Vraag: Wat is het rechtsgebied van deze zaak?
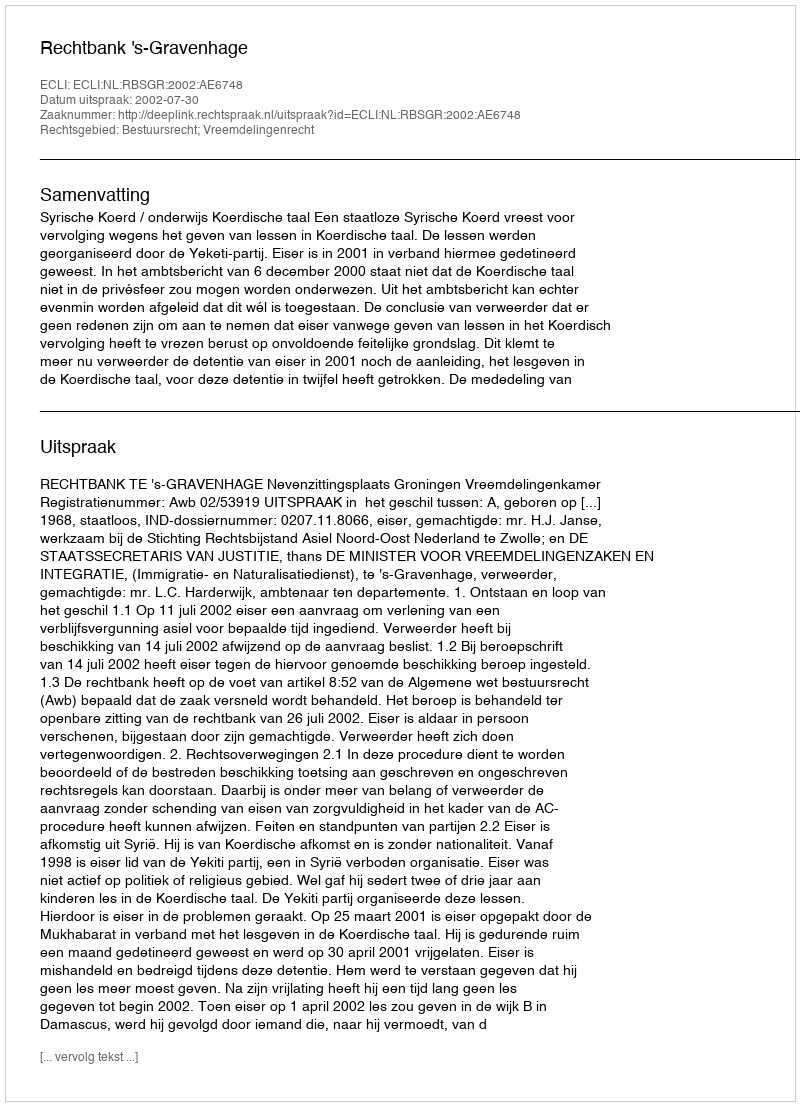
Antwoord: Bestuursrecht; Vreemdelingenrecht